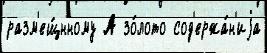
разм'ещ́нному А зо́лото сод'ержа́н'иjа